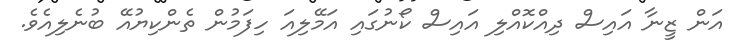
އަން ޒީނާ އައިސް ދިއްކޮއްލި އައިސް ކޯނުގައި އަމޭލިއަ ހިފަމުން ތެންކިޔުއޭ ބުނެލިއެވެ.